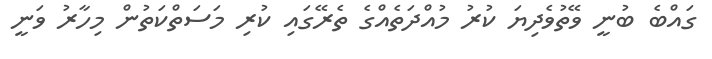
ގައްބެ ބުނީ ވޭތުވެދިޔަ ކުރު މުއްދަތެއްގެ ތެރޭގައި ކުރި މަސަތްކަތުން މިހާރު ވަނީ